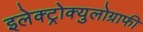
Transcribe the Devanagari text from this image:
इलेक्ट्रोक्युलोग्राफी